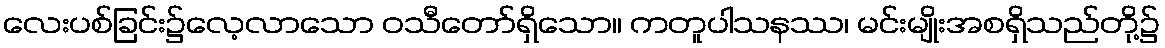
လေးပစ်ခြင်း၌လေ့လာသော ဝသီတော်ရှိသော။ ကတူပါသနဿ၊ မင်းမျိုးအစရှိသည်တို့၌